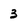
Character: 3